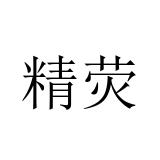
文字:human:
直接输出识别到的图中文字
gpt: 精荧